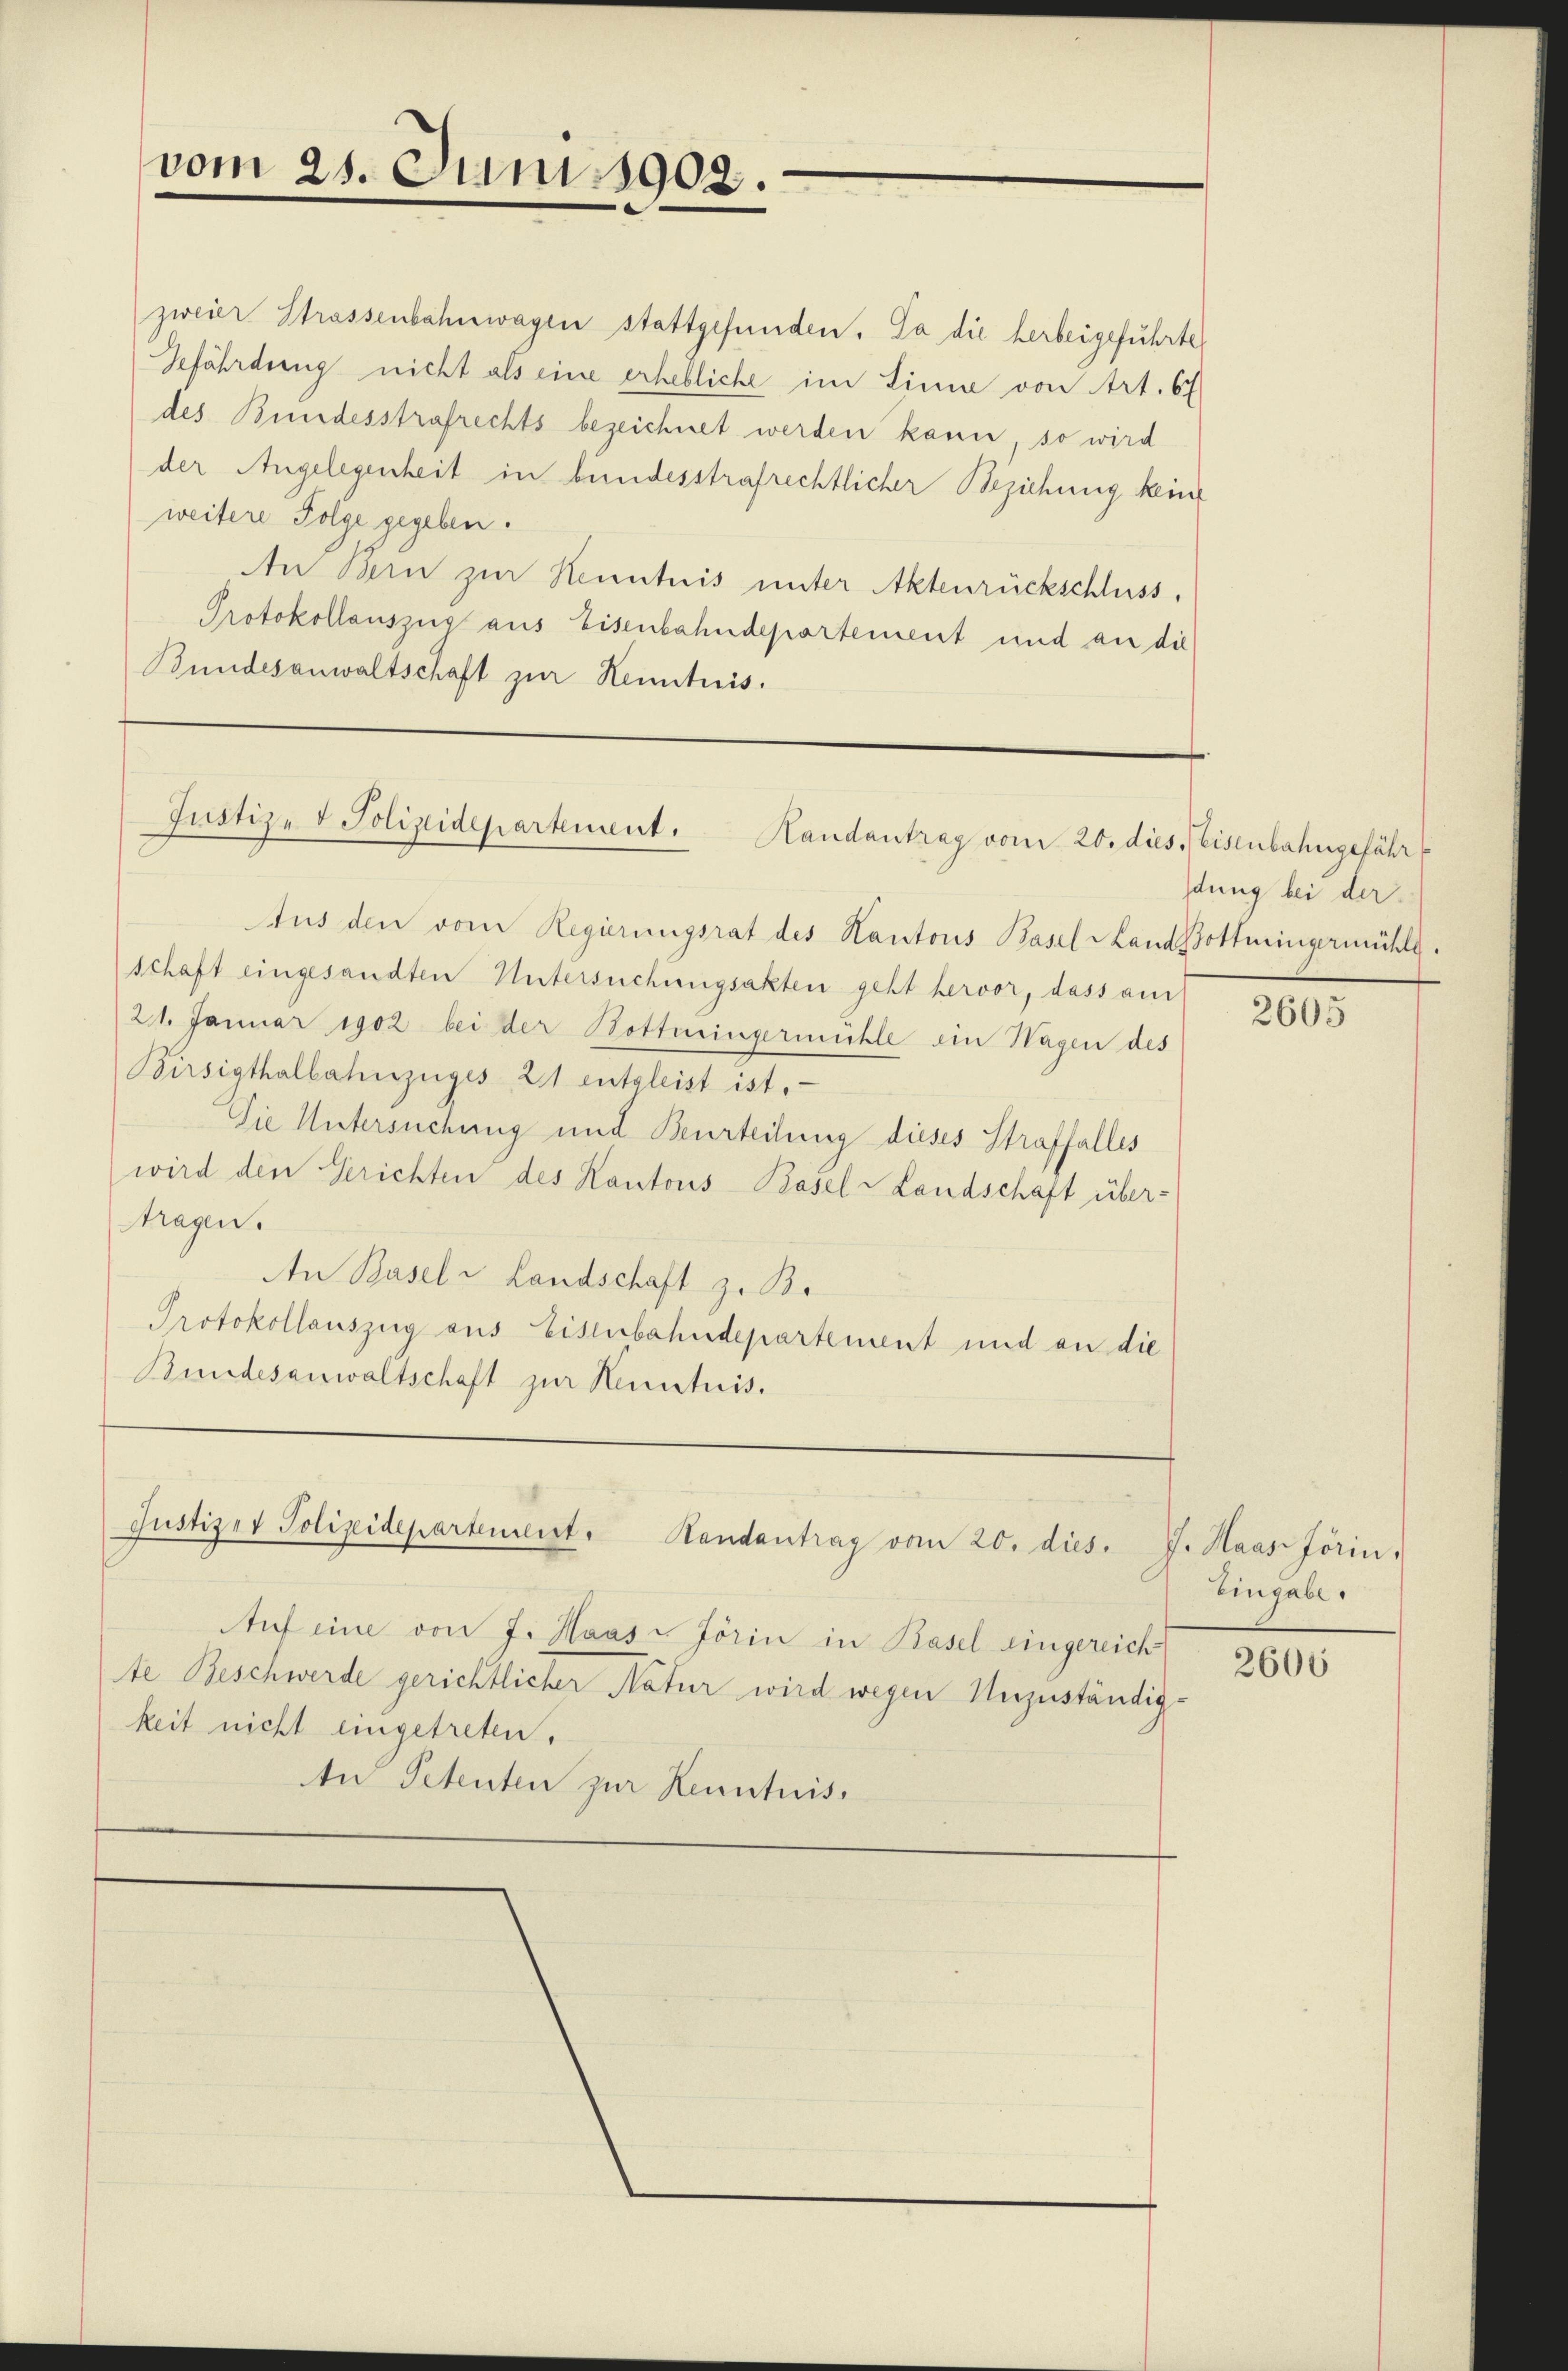
vom 25. Juni 1902.

zweier Strassenbahnwagen stattgefunden. Da die herbeigeführte
Zefährdung nicht als eine erhebliche im Linie von Art. 67
des Bundesstrafrechts bezeichnet werden kann, so wird
der Angelegenheit in bundesstrafrechtlicher Beziehung keine
weitere Folge gegeben.
An Bern zur Kenntnis unter Aktenrückschluss,
Protokollauszug aus Eisenbahndepartement und an die
Bundesanwaltschaft zur Kenntnis.

Justiz- & Polizeidepartement. Handantrag vom 20. dies. Eisenbahngefähr

Aus den vom Regierungsrat des Kantons Basel Land Bottmingermühle.
schaft eingesandten Untersuchungsakten geht hervor, dass am
21. Januar 1902 bei der Bottmingermühle ein Wagen des
Birsigthalbahnzüges 21 entgleist ist.
Die Untersuchung und Beurteilung dieses Straffalles
wird den Gerichten des Kantons Basel-Landschaft über-
tragen.
An Basel u Landschaft z. B.
Protokollauszug aus Eisenbahndepartement und an die
Bundesanwaltschaft zur Kenntnis.

Justiz & Polizidepartenient. Handentrag vom 20. dies. J. Haas Jörin,

Auf eine von J. Haas-Jörin in Basel eingereich
te Beschwerde gerichtlicher Natur wird wegen Unzuständig-
keit nicht eingetreten.
An Petenten zur Kenntnis.

dung bei der

2605

Eingabe.

2606